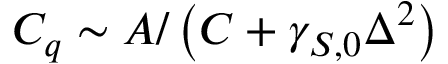
C _ { q } \sim A / \left( C + \gamma _ { S , 0 } \Delta ^ { 2 } \right)